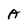
Character: A